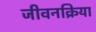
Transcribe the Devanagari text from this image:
जीवनक्रिया